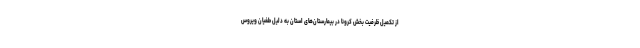
از تکمیل ظرفیت بخش کرونا در بیمارستان‌های استان به دلیل طغیان ویروس